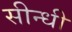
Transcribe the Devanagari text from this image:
सीन्धी